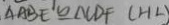
\Delta A B E \cong \Delta C D F ( H L )